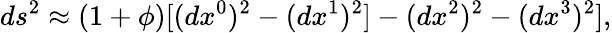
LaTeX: ds^{2}\approx(1+\phi)[(dx^{0})^{2}-(dx^{1})^{2}]-(dx^{2})^{2}-(dx^{3})^{2}],